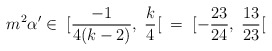
\begin{align*}m^2\alpha'\in\; [\frac{-1}{4(k-2)},\;\frac{k}{4}[\;\;=\;[-\frac{23}{24},\;\frac{13}{23}[\end{align*}